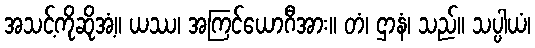
အသင့်ကိုဆိုအံ့။ ယဿ၊ အကြင်ယောဂီအား။ တံ၊ ဌာနံ၊ သည်။ သပ္ပါယံ၊